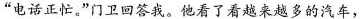
”电话正忙。”门卫回答我。他看了看越来越多的汽车，